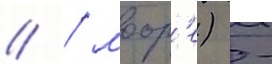
// / моор'е) -